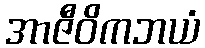
အာဇီဝိကဘယံ